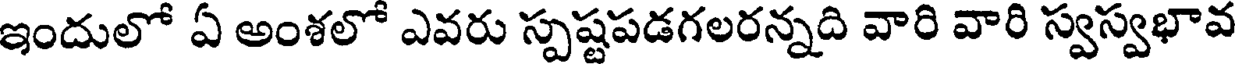
ఇందులో ఏ అంశలో ఎవరు స్పష్టపడగలరన్నది వారి వారి స్వస్వభావ